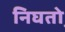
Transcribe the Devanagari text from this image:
निघतो़